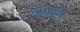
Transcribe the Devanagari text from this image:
विटेसहित